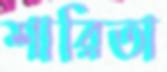
শারিতা